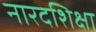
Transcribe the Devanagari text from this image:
नारदशिक्षा